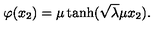
\varphi ( x _ { 2 } ) = \mu \tanh ( \sqrt { \lambda } \mu x _ { 2 } ) .